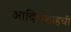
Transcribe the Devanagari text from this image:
आदिलशाहची